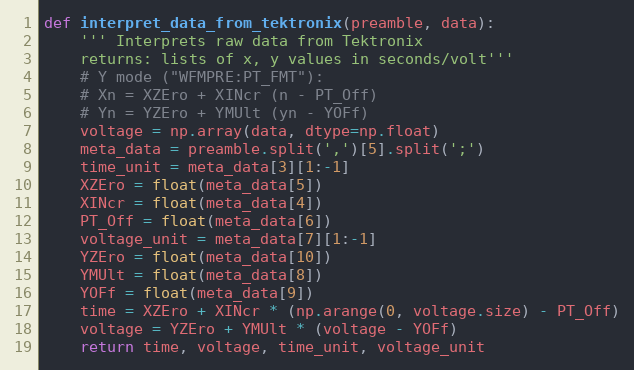
Language: Python
def interpret_data_from_tektronix(preamble, data):
    ''' Interprets raw data from Tektronix
    returns: lists of x, y values in seconds/volt'''
    # Y mode ("WFMPRE:PT_FMT"):
    # Xn = XZEro + XINcr (n - PT_Off)
    # Yn = YZEro + YMUlt (yn - YOFf)
    voltage = np.array(data, dtype=np.float)
    meta_data = preamble.split(',')[5].split(';')
    time_unit = meta_data[3][1:-1]
    XZEro = float(meta_data[5])
    XINcr = float(meta_data[4])
    PT_Off = float(meta_data[6])
    voltage_unit = meta_data[7][1:-1]
    YZEro = float(meta_data[10])
    YMUlt = float(meta_data[8])
    YOFf = float(meta_data[9])
    time = XZEro + XINcr * (np.arange(0, voltage.size) - PT_Off)
    voltage = YZEro + YMUlt * (voltage - YOFf)
    return time, voltage, time_unit, voltage_unit